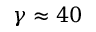
\gamma \approx 4 0